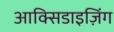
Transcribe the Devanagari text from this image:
आक्सिडाइज़िंग